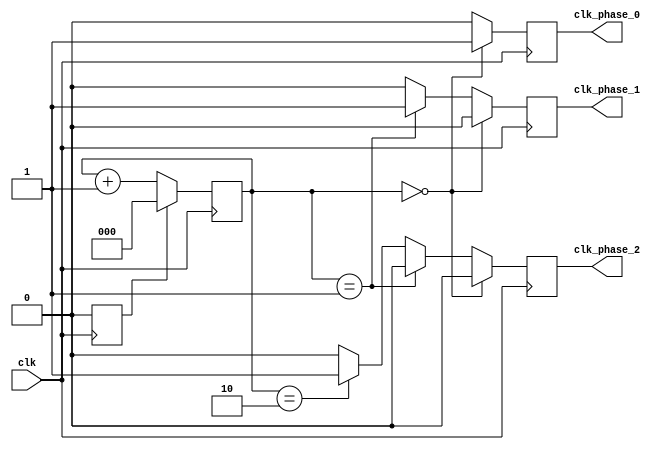
module multi_phase_clock_divider (
    input wire clk,
    output reg clk_phase_0,
    output reg clk_phase_1,
    output reg clk_phase_2
);

reg [2:0] counter;
reg sync_rst;

always @ (posedge clk) begin
    if (sync_rst) begin
        counter <= 3'b000;
    end else begin
        counter <= counter + 1;
    end
end

always @ (posedge clk) begin
    if (counter == 3'b000) begin
        clk_phase_0 <= 1'b1;
        clk_phase_1 <= 1'b0;
        clk_phase_2 <= 1'b0;
    end else if (counter == 3'b001) begin
        clk_phase_0 <= 1'b0;
        clk_phase_1 <= 1'b1;
        clk_phase_2 <= 1'b0;
    end else if (counter == 3'b010) begin
        clk_phase_0 <= 1'b0;
        clk_phase_1 <= 1'b0;
        clk_phase_2 <= 1'b1;
    end else begin
        clk_phase_0 <= 1'b0;
        clk_phase_1 <= 1'b0;
        clk_phase_2 <= 1'b0;
    end
end

always @ (posedge clk) begin
    sync_rst <= 1'b0;
end

endmodule